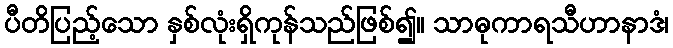
ပီတိပြည့်သော နှစ်လုံးရှိကုန်သည်ဖြစ်၍။ သာဓုကာရသီဟာနာဒံ၊